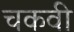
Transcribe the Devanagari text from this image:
चकवी